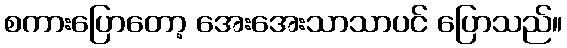
စကားပြောတော့ အေးအေးသာသာပင် ပြောသည်။